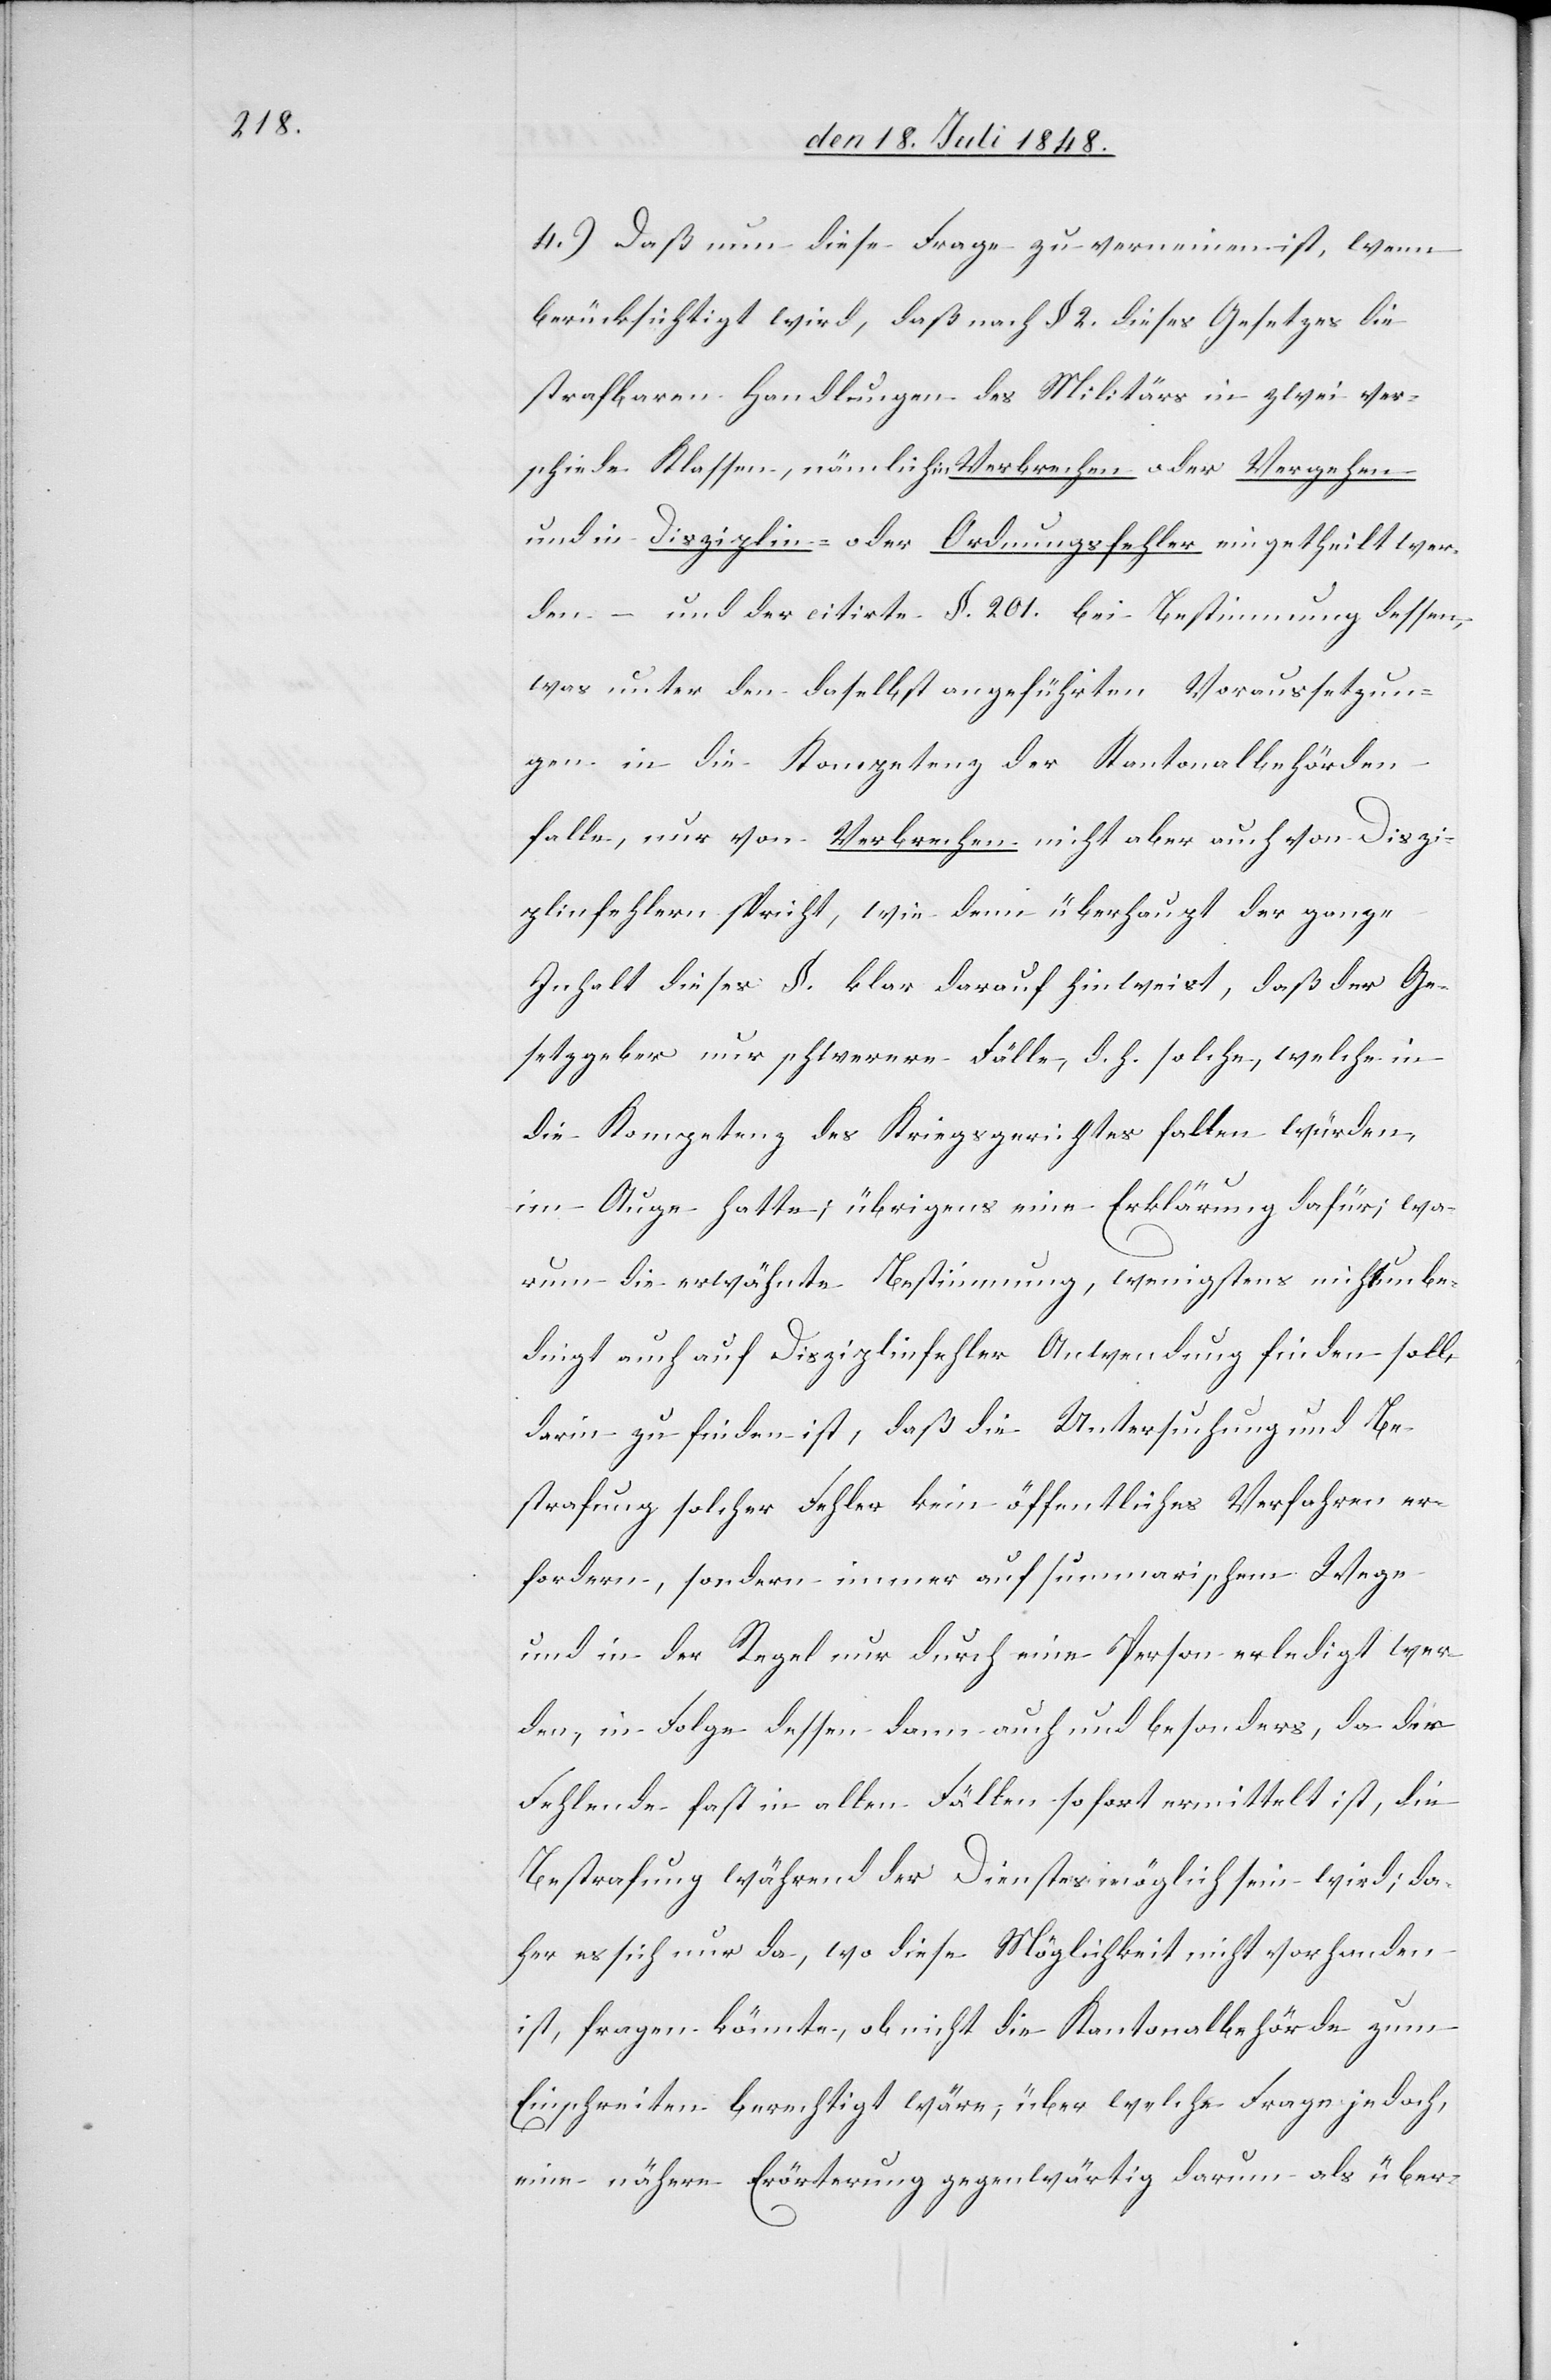
4.) Daß nun diese Frage zu verneinen ist, wenn
berücksichtigt wird, daß nach §. 2. dieses Gesetzes bei
strafbaren Handlungen des Militärs in zwei ver¬
schiede[ne] Klassen, nämlich in Verbrechen oder Vergehen
und in Disziplin- oder Ordnungsfehler eingetheilt wer¬
den – und der citirte §. 201. bei Bestimmung dessen,
was unter den daselbst angeführten Voraussetzun¬
gen in die Kompetenz der Kantonalbehörden
falle, nur von Verbrechen nicht aber auch von Diszi¬
plinenfehlern spricht, wie denn überhaupt der ganze
Inhalt dieses §. klar darauf hinweist, daß der Ge¬
setzgeber nur schwerere Fälle, d. h. solche, welche in
die Kompetenz des Kriegsgerichtes fallen würden,
im Auge hatte; übrigens eine Erklärung dafür, wa¬
rum die erwähnte Bestimmung, wenigstens nicht unbe¬
dingt auch auf Disziplinfehler Anwendung finden soll,
darin zu finden ist, daß die Untersuchung und Be¬
strafung solcher Fehler kein öffentliches Verfahren er¬
fordern, sondern immer auf summarischem Wege
und in der Regel nur durch eine Person erledigt wer¬
den, in Folge dessen dann auch und besonders, da der
Fehlende fast in allen Fällen sofort ermittelt ist, die
Bestrafung während des Dienstes möglich sein wird; da¬
her es sich nur da, wo diese Möglichkeit nicht vorhanden
ist, fragen könnte, ob nicht die Kantonalbehörde zum
Einschreiten berechtigt wäre, über welche Frage jedoch,
eine nähere Erörterung gegenwärtig darum als über-